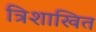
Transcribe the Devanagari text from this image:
त्रिशाखित